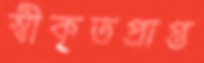
স্বীকৃতপ্রাপ্ত